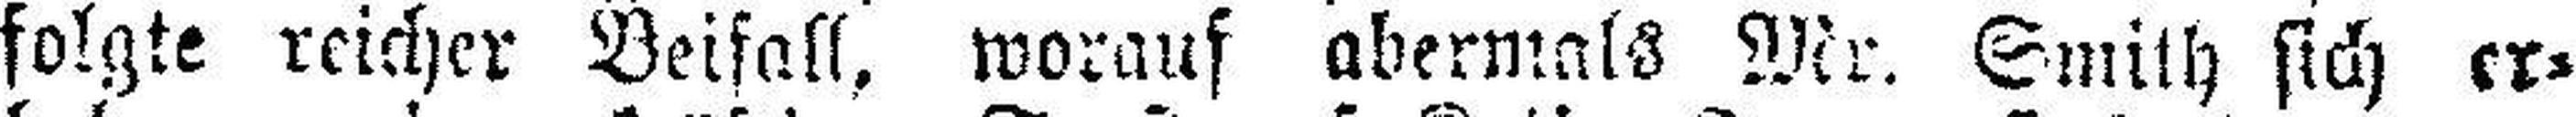
folgte reicher Beifall, worauf abermals Mr. Smith sich er¬